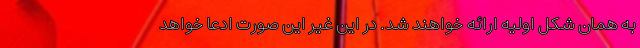
به همان شکل اولیه ارائه خواهند شد. در این غیر این صورت ادعا خواهد